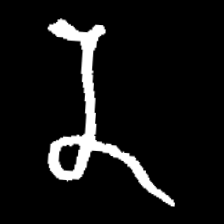
Pyu character \u2014 Myanmar letter: န (romanized: na)